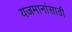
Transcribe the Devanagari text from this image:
यजमानांसाठी